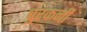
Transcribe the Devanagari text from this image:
बुरकनी